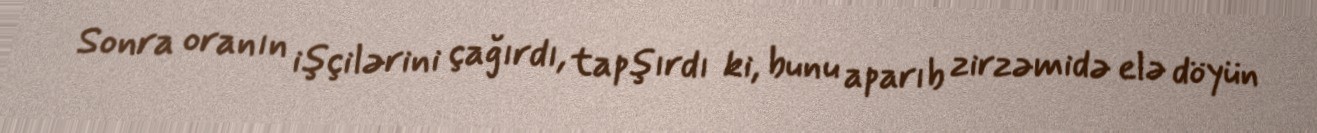
Sonra oranın işçilərini çağırdı, tapşırdı ki, bunu aparıb zirzəmidə elə döyün